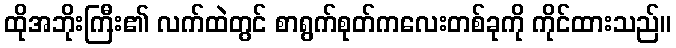
ထိုအဘိုးကြီး၏ လက်ထဲတွင် စာရွက်စုတ်ကလေးတစ်ခုကို ကိုင်ထားသည်။